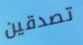
تصدقين